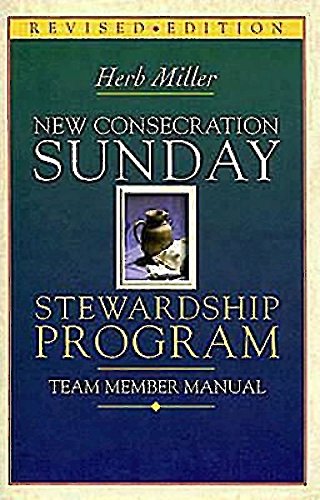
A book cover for New Consecration Sunday Stewardship Program Team Member Manual: Revised Edition; Herb Miller; Christian Books & Bibles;